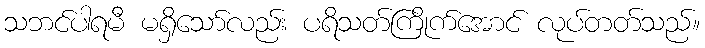
သဘင်ပါရမီ မရှိသော်လည်း ပရိသတ်ကြိုက်အောင် လုပ်တတ်သည်။